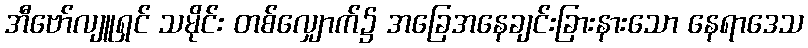
အီဗော်လျူရှင် သမိုင်း တစ်လျှောက်၌ အခြေအနေချင်းခြားနားသော နေရာဒေသ